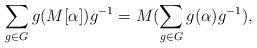
LaTeX: \begin{align*}\sum_{g\in G}g(M[\alpha])g^{-1}=M(\sum_{g\in G}g(\alpha)g^{-1}),\end{align*}